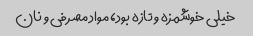
خیلی خوشمزه و تازه بود، مواد مصرفی و نان